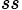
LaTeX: _{ss}